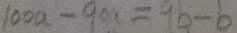
1 0 0 a - 9 0 a = 9 b - b